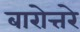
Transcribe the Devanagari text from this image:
बारोत्तरे